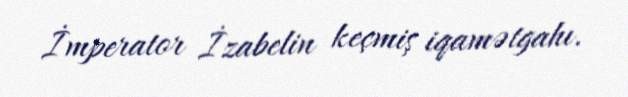
İmperator İzabelin keçmiş iqamətgahı.